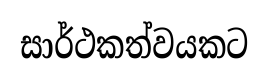
සාර්ථකත්වයකට